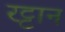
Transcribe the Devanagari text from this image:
रट्टान